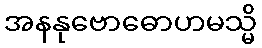
အနနုဗောဓောဟမသ္မိ